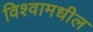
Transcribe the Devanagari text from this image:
विश्वामधील